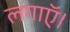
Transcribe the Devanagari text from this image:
लगाऍ।